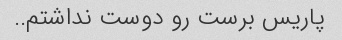
پاریس برست رو دوست نداشتم..